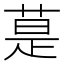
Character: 𦳚